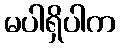
မပါရှိပါက